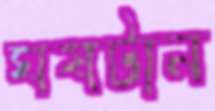
ঘষটান